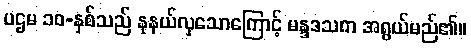
ပဌမ ၁၀-နှစ်သည် နုနယ်လှသောကြောင့် မန္ဒဒသက အရွယ်မည်၏။